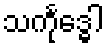
သင်္ကုဒ္ဓေါ